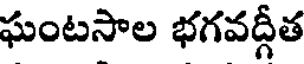
ఘంటసాల భగవద్గీత